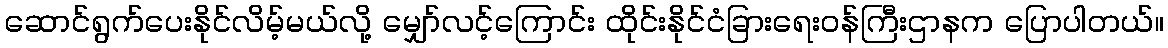
ဆောင်ရွက်ပေးနိုင်လိမ့်မယ်လို့ မျှော်လင့်ကြောင်း ထိုင်းနိုင်ငံခြားရေးဝန်ကြီးဌာနက ပြောပါတယ်။